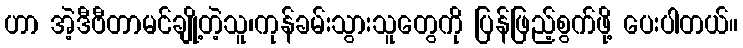
ဟာ အဲ့ဒီဗီတာမင်ချို့တဲ့သူ၊ကုန်ခမ်းသွားသူတွေကို ပြန်ဖြည့်စွက်ဖို့ ပေးပါတယ်။